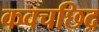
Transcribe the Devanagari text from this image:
कवचछिद्र